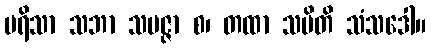
ပရိသာ သဘာ သမဇ္ဇာ စ၊ တထာ သမိတိ သံသဒေါ။